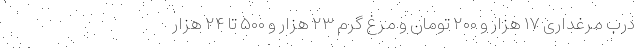
درب مرغداری ۱۷ هزار و ۲۰۰ تومان و مرغ گرم ۲۳ هزار و ۵۰۰ تا ۲۴ هزار